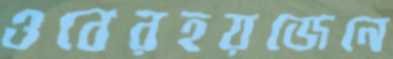
ওবেরহয়জেনে